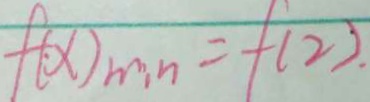
f ( x ) _ { \min } = f ( 2 ) .